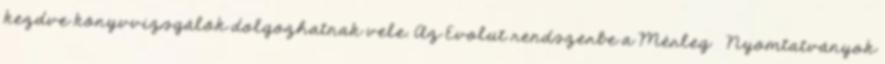
kezdve könyvvizsgálók dolgozhatnak vele. Az Evolut rendszerbe a Mérleg Nyomtatványok